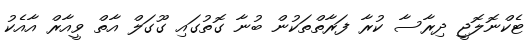
ޓެކްނޮލޮޖީ ދިރާސާ ކުރާ ފަރާތްތަކުން ބުނާ ގޮތުގައި ގޫގަލް އާތް ވީއާރް އާއެކު